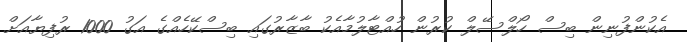
އެކުންފުނިން ބިސް ހޯލްސޭލް ކުރުން ހުއްޓާލުމާއެކު ބާޒާރުގައި ބިސްކޭހެއްގެ އަގު 1000 ރުފިޔާއަށް